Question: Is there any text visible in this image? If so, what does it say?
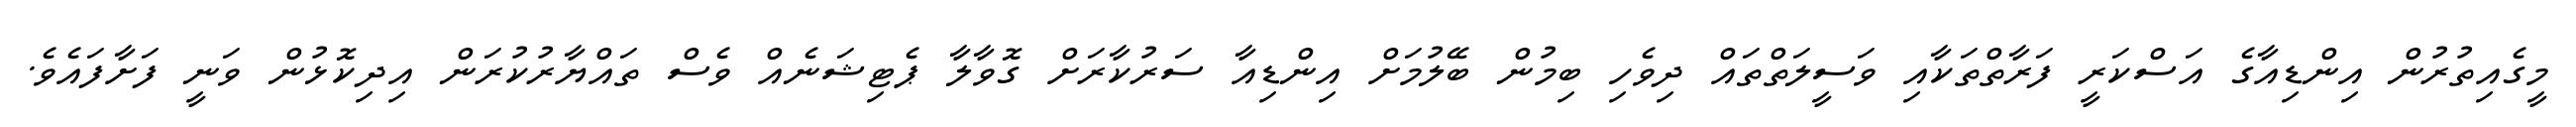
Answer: މީގެއިތުރުން އިންޑިއާގެ އަސްކަރީ ފަރާތްތަކާއި ވަސީލަތްތައް ދިވެހި ބިމުން ބޭލުމަށް އިންޑިއާ ސަރުކާރަށް ގޮވާލާ ޕެޓިޝަނެއް ވެސް ތައްޔާރުކުރަން އިދިކޮޅުން ވަނީ ފަށާފައެވެ.